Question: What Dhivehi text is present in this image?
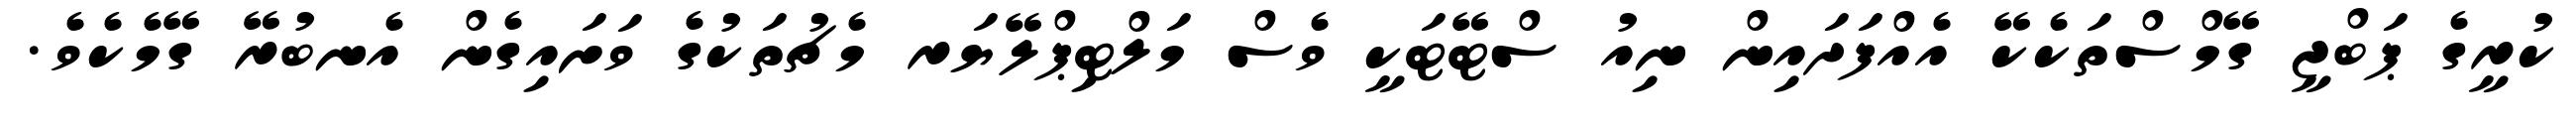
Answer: ކުރީގެ ޕަބްޖީ ގޭމްސްތަކެކޭ އެއްފަދައިން ނިއު ސްޓޭޓަކީ ވެސް މަލްޓިޕްލޭޔަރ މެޗުތަކުގެ ވަށައިގެން އެނބުރޭ ގޭމެކެވެ.